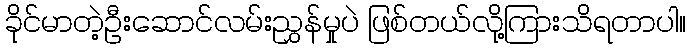
ခိုင်မာတဲ့ဦးဆောင်လမ်းညွှန်မှုပဲ ဖြစ်တယ်လို့ကြားသိရတာပါ။